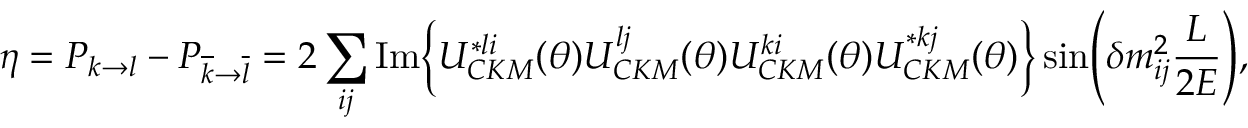
{ \eta } = P _ { { k } { \rightarrow } { l } } - P _ { \overline { { { k } } } { \rightarrow } \overline { { { l } } } } = 2 \sum _ { i j } \mathrm { I m } \Bigl \{ U _ { C K M } ^ { * l i } ( { \theta } ) U _ { C K M } ^ { l j } ( { \theta } ) U _ { C K M } ^ { k i } ( { \theta } ) U _ { C K M } ^ { * k j } ( { \theta } ) \Bigr \} \sin \Biggl ( { \delta } m _ { i j } ^ { 2 } \frac { L } { 2 E } \Biggr ) ,